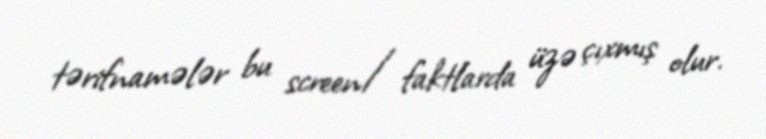
tərifnamələr bu screen/faktlarda üzə çıxmış olur.